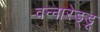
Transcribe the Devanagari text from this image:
वन्नारेड्डू